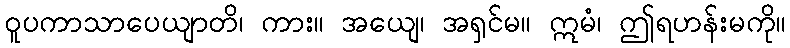
ဝူပကာသာပေယျာတိ၊ ကား။ အယျေ၊ အရှင်မ။ ဣမံ၊ ဤရဟန်းမကို။